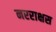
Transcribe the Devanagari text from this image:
नरराक्षस